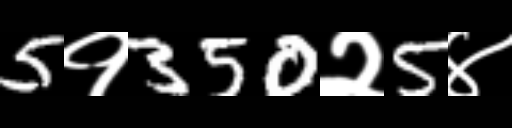
Text: 5१350२5४